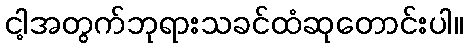
ငါ့အတွက်ဘုရားသခင်ထံဆုတောင်းပါ။